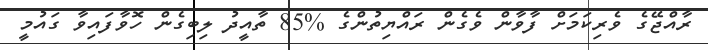
ރާއްޖޭގެ ވެރިކަމަށް ފާވާން ވެގެން ރައްޔިތުންގެ %85 ތާއީދު ލިބިގެން ހޮވާފައިވާ ގައުމީ